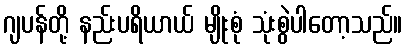
ဂျပန်တို့ နည်းပရိယာယ် မျိုးစုံ သုံးစွဲပါတော့သည်။